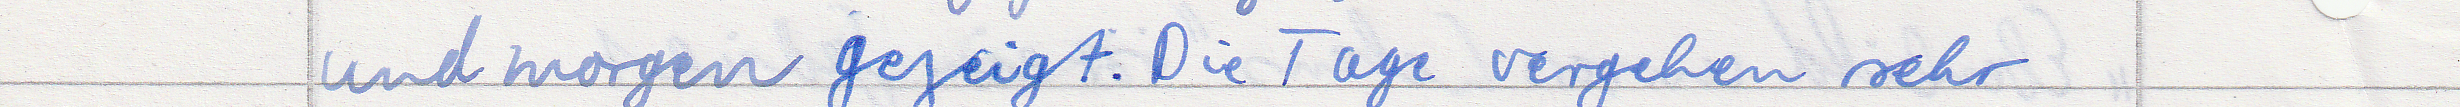
und morgen gezeigt. Die Tage vergehen sehr